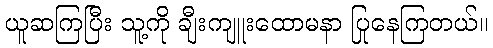
ယူဆကြပြီး သူ့ကို ချီးကျူးထောမနာ ပြုနေကြတယ်။